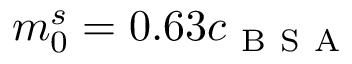
m _ { 0 } ^ { s } = 0 . 6 3 c _ { \mathrm { ~ B ~ S ~ A ~ } }